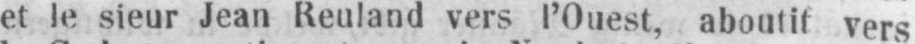
et le sieur Jean Reuland vers l’Ouest, aboutit vers